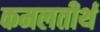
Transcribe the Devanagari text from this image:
कमलतीर्थ